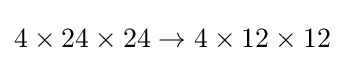
4\times 24\times 24\to 4\times 12\times 12